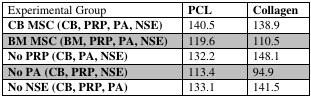
<table><thead><tr><td><b>Experimental Group</b></td><td><b>PCL</b></td><td><b>Collagen</b></td></tr></thead><tbody><tr><td><b>CB MSC (CB, PRP, PA, NSE)</b></td><td>140.5</td><td>138.9</td></tr><tr><td><b>BM MSC (BM, PRP, PA, NSE)</b></td><td>119.6</td><td>110.5</td></tr><tr><td><b>No PRP (CB, PA, NSE)</b></td><td>132.2</td><td>148.1</td></tr><tr><td><b>No PA (CB, PRP, NSE)</b></td><td>113.4</td><td>94.9</td></tr><tr><td><b>No NSE (CB, PRP, PA)</b></td><td>133.1</td><td>141.5</td></tr></tbody></table>